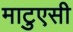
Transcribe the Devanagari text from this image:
माटुएसी